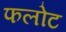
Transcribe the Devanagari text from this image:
फलोट